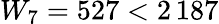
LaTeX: W_{7}=527<2\, 187